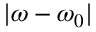
| \omega - \omega _ { 0 } |